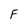
Character: F